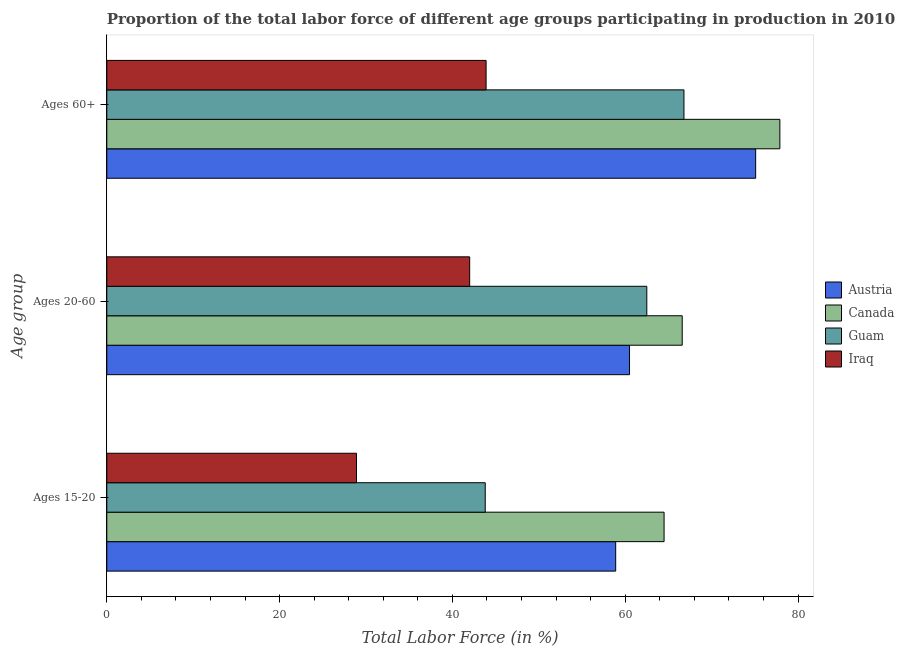
| Age group | Austria | Canada | Guam | Iraq |
 | --- | --- | --- | --- | --- |
 | Ages 15-20 | 58.9 | 64.5 | 43.8 | 28.9 |
 | Ages 20-60 | 60.5 | 66.6 | 62.5 | 42 |
 | Ages 60+ | 75.1 | 77.9 | 66.8 | 43.9 |